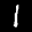
Label: 1